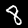
Digit: 8